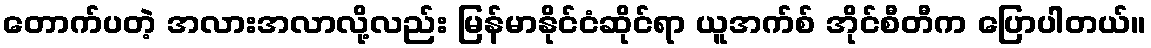
တောက်ပတဲ့ အလားအလာလို့လည်း မြန်မာနိုင်ငံဆိုင်ရာ ယူအက်စ် အိုင်စီတီက ပြောပါတယ်။